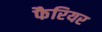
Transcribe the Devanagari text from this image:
फैरियर